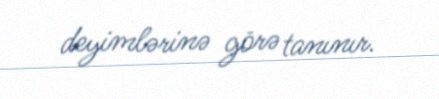
deyimlərinə görə tanınır.